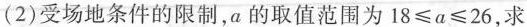
(2)受场地条件的限制，a的取值范围为$$18\leq a\leq 26$$，求